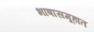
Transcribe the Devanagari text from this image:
भाषासमूहात